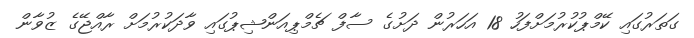
ގަތަރުގައި ކޭމްޕުކުރުމަށްފަހު 18 އަހަރުން ދަށުގެ ސާފް ޗެމްޕިއަންޝިޕުގައި ވާދަކުރުމަށް ރާއްޖޭގެ ޒުވާން